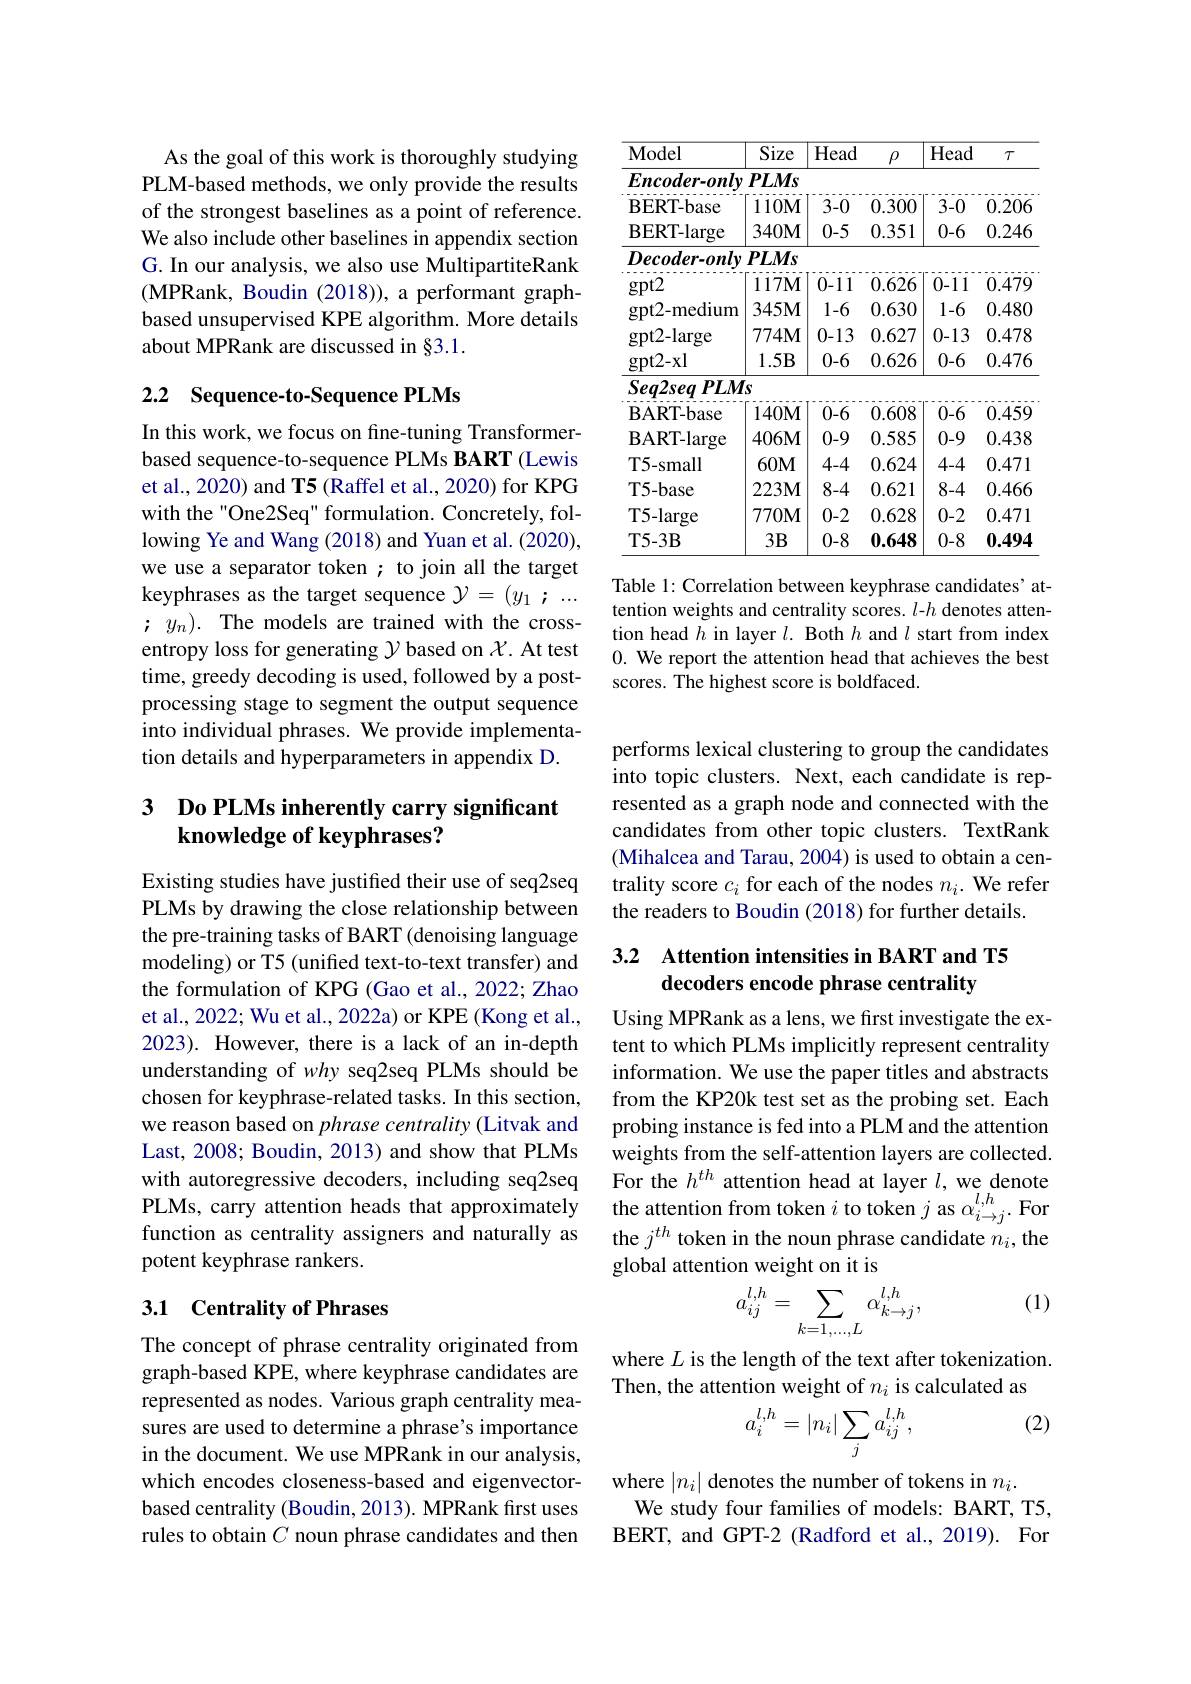
As the goal of this work is thoroughly studying PLM-based methods, we only provide the results of the strongest baselines as a point of reference. We also include other baselines in appendix section G. In our analysis, we also use MultipartiteRank (MPRank, Boudin (2018)), a performant graphbased unsupervised KPE algorithm. More details about MPRank are discussed in §3.1.

## 2.2 Sequence-to-Sequence PLMs

In this work, we focus on fine-tuning Transformerbased sequence-to-sequence PLMs BART (Lewis et al., 2020) and T5 (Raffel et al., 2020) for KPG with the"One2Seq" formulation. Concretely, following Ye and Wang (2018) and Yuan et al. (2020), we use a separator token; to join all the target keyphrases as the target sequence $\mathcal{Y}=(y_1;...$ ; $y_n).$ The models are trained with the crossentropy loss for generating $\mathcal{Y}$ based on $\mathcal{X}.$ At test time, greedy decoding is used, followed by a postprocessing stage to segment the output sequence into individual phrases. We provide implementation details and hyperparameters in appendix D.

## 3 Do PLMs inherently carry significant knowledge of keyphrases?

Existing studies have justified their use of seq2seq PLMs by drawing the close relationship between the pre-training tasks of BART (denoising language modeling) or T5 (unified text-to-text transfer) and the formulation of KPG (Gao et al., 2022; Zhao et al., 2022; Wu et al., 2022a) or KPE (Kong et al., 2023). However, there is a lack of an in-depth understanding of why seq2seq PLMs should be chosen for keyphrase-related tasks. In this section, we reason based on phrase centrality (Litvak and Last, 2008; Boudin, 2013) and show that PLMs with autoregressive decoders, including seq2seq PLMs, carry attention heads that approximately the attention from token $i$ to to token $j$ as $\alpha_i\to j^{l,h}.$ For
function as centrality assigners and naturally as
potent keyphrase rankers.

## 3.1 Centrality of Phrases

The concept of phrase centrality originated from graph-based KPE, where keyphrase candidates are represented as nodes. Various graph centrality measures are used to determine a phrase's importance in the document. We use MPRank in our analysis, which encodes closeness-based and eigenvectorbased centrality (Boudin, 2013). MPRank first uses rules to obtain $C$ noun phrase candidates and then

<table>
	<tbody>
		<tr>
			<th>Model</th>
			<th>Size</th>
			<th>Head</th>
			<th>$\rho$</th>
			<th>Head</th>
			<th>$T$</th>
		</tr>
		<tr>
			<td>$Encoder-only$</td>
			<td>PLMs</td>
			<td> </td>
			<td> </td>
			<td> </td>
			<td> </td>
		</tr>
		<tr>
			<td>BERT- base</td>
			<td>$110M$</td>
			<td>3-0</td>
			<td>0.300</td>
			<td>3-0</td>
			<td>0.206</td>
		</tr>
		<tr>
			<td>BERT- large</td>
			<td>$340M$</td>
			<td>0-5</td>
			<td>0.351</td>
			<td>0-6</td>
			<td>0.246</td>
		</tr>
		<tr>
			<td>$Decoder-only$</td>
			<td>PLMs</td>
			<td> </td>
			<td> </td>
			<td> </td>
			<td> </td>
		</tr>
		<tr>
			<td>gpt2</td>
			<td>$117\mathbf{M}$</td>
			<td>0-11</td>
			<td>0.626</td>
			<td>0-11</td>
			<td>0.479</td>
		</tr>
		<tr>
			<td>gpt2- medium</td>
			<td>$345M$</td>
			<td>1-6</td>
			<td>0.630</td>
			<td>1-6</td>
			<td>0.480</td>
		</tr>
		<tr>
			<td>gpt2- large</td>
			<td>$774\mathbf{M}$</td>
			<td>0-13</td>
			<td>0.627</td>
			<td>0-13</td>
			<td>0.478</td>
		</tr>
		<tr>
			<td>gpt2- xl</td>
			<td>$1.5B$</td>
			<td>0-6</td>
			<td>0.626</td>
			<td>0-6</td>
			<td>0.476</td>
		</tr>
		<tr>
			<td>$Seq2seq$ $PLM$</td>
			<td>$s$</td>
			<td> </td>
			<td> </td>
			<td> </td>
			<td> </td>
		</tr>
		<tr>
			<td>BART- base</td>
			<td>$140M$</td>
			<td>0-6</td>
			<td>0.608</td>
			<td>0-6</td>
			<td>0.459</td>
		</tr>
		<tr>
			<td>BART- large</td>
			<td>$406M$</td>
			<td>0-9</td>
			<td>0.585</td>
			<td>0-9</td>
			<td>0.438</td>
		</tr>
		<tr>
			<td>T5-small</td>
			<td>$60M$</td>
			<td>4-4</td>
			<td>0.624</td>
			<td>4-4</td>
			<td>0.471</td>
		</tr>
		<tr>
			<td>T5-base</td>
			<td>$223\mathbf{M}$</td>
			<td>8-4</td>
			<td>0.621</td>
			<td>8-4</td>
			<td>0.466</td>
		</tr>
		<tr>
			<td>T5-large</td>
			<td>$770\mathbf{M}$</td>
			<td>0-2</td>
			<td>0.628</td>
			<td>0-2</td>
			<td>0.471</td>
		</tr>
		<tr>
			<td>T5- 3B</td>
			<td>$3B$</td>
			<td>0-8</td>
			<td>0.648</td>
			<td>0-8</td>
			<td>0.494</td>
		</tr>
	</tbody>
</table>

Table 1: Correlation between keyphrase candidates' attention weights and centrality scores. $l-h$ denotes attention head $h$ in layer $l.$ Both $h$ and $l$ start from index 0. We report the attention head that achieves the best scores. The highest score is boldfaced.

performs lexical clustering to group the candidates into topic clusters. Next, each candidate is represented as a graph node and connected with the candidates from other topic clusters. TextRank (Mihalcea and Tarau, 2004) is used to obtain a centrality score $c_i$ for each of the nodes $n_i.$ We refer the readers to Boudin (2018) for further details.

## 3.2 Attention intensities in BART and T5 decoders encode phrase centrality

Using MPRank as a lens, we first investigate the extent to which PLMs implicitly represent centrality information. We use the paper titles and abstracts from the KP20k test set as the probing set. Each probing instance is fed into a PLM and the attention weights from the self-attention layers are collected. For the $h^{th}$ attention head at layer $l$,we denote the $j^{th}$ token in the noun phrase candidate $n_i$,the global attention weight on it is
$$a_{ij}^{l,h}=\sum_{k=1,...,L}\alpha_{k\to j}^{l,h},$$
(1)

where $L$ is the length of the text after tokenization.
Then, the attention weight of $n_i$ is calculated as
$$a_i^{l,h}=|n_i|\sum_ja_{ij}^{l,h},$$
(2)

where $|n_i|$ denotes the number of tokens in $n_i.$
We study four families of models: BART, T5, BERT, and GPT-2 (Radford et al., 2019). For